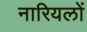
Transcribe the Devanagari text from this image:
नारियलों